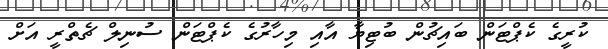
ކުރީގެ ކެޕްޓަން ބައިޗުން ބުޓިޔާ އާއި މިހާރުގެ ކެޕްޓަން ސުނިލް ޗެތްރީ އަށް